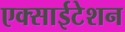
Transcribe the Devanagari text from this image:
एक्साईटेशन